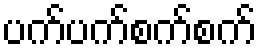
ပက်ပက်စက်စက်